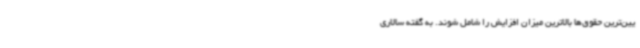
یین‌ترین حقوق‌ها بالاترین میزان افزایش را شامل شوند. به گفته سالاری